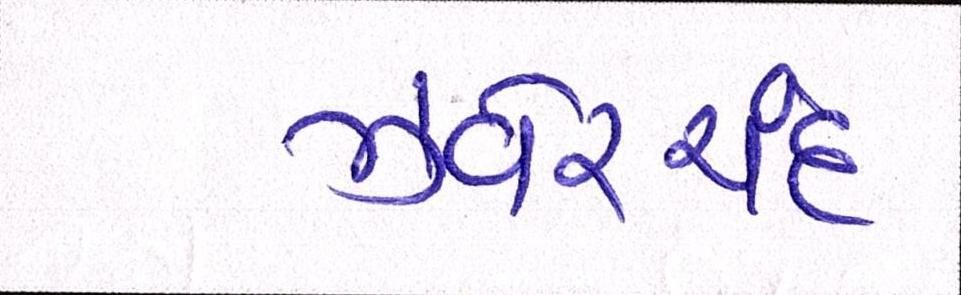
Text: ઝવેરચંદ